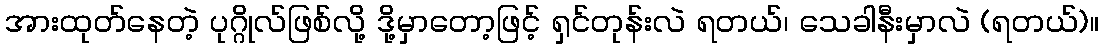
အားထုတ်နေတဲ့ ပုဂ္ဂိုလ်ဖြစ်လို့ ဒို့မှာတော့ဖြင့် ရှင်တုန်းလဲ ရတယ်၊ သေခါနီးမှာလဲ (ရတယ်)။